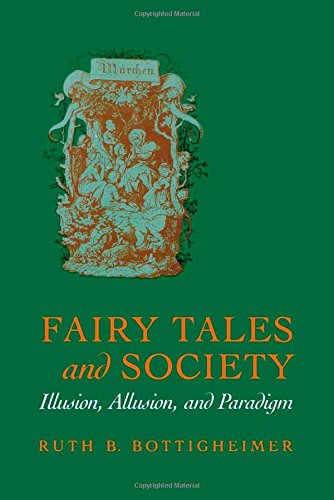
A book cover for Fairy Tales and Society: Illusion, Allusion, and Paradigm; Literature & Fiction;